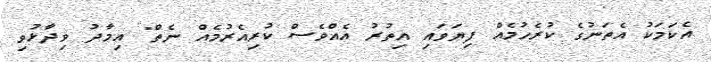
އެކަމަކު އެތަނުގެ ކުރެހުމެއް ފިޔަވައި އިތުރު އެއްވެސް ކުރިއެރުމެއް ނެތް" އިމާދު ވިދާޅުވި